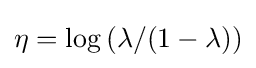
\eta =\log \left(\lambda /(1-\lambda )\right)